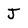
Character: J